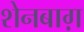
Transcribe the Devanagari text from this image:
शेनबाग़